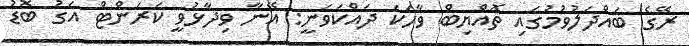
ރޭގެ ބައްދަލުވުމުގައި ތޮއްޔިބް ވާހަކަ ދައްކަވަނީ: އޭނާ ވިދާޅުވީ ކަރަންޓް އަގު ބޮޑު